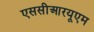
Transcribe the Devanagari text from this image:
एससीआरयूएम